Scottish Certificate of Education, 1963
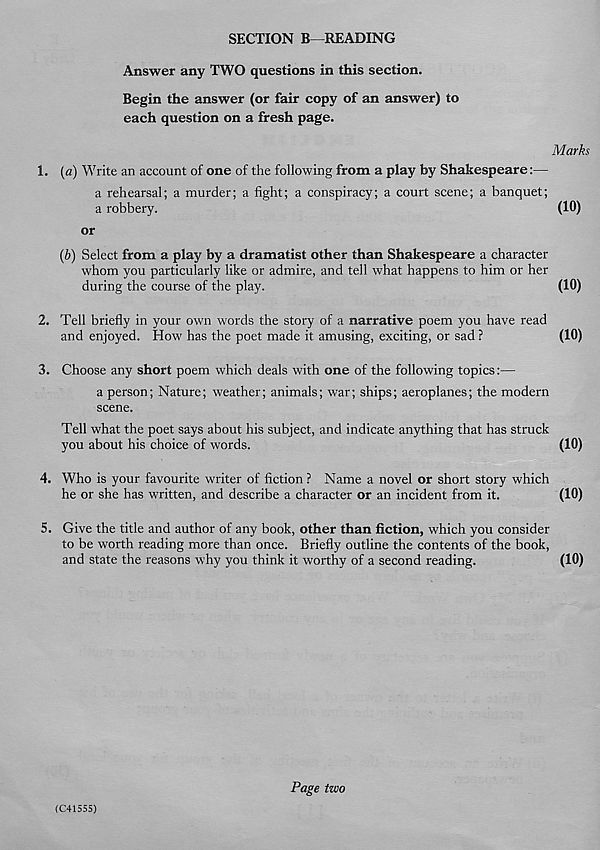
SECTION B—READING
Answer any TWO questions in this section.
Begin the answer (or fair copy of an answer) to
each question on a fresh page.
Marks
1. (a) Write an account of one of the following from a play by Shakespeare:—
a rehearsal; a murder; a fight; a conspiracy; a court scene; a banquet;
a robbery.
(10)
or
(b) Select from a play by a dramatist other than Shakespeare a character
whom you particularly like or admire, and tell what happens to him or her
during the course of the play.
(10)
2. Tell briefly in your own words the story of a narrative poem you have read
and enjoyed. How has the poet made it amusing, exciting, or sad ?
(10)
3. Choose any short poem which deals with one of the following topics:—
a person; Nature; weather; animals; war; ships; aeroplanes; the modern
scene.
Tell what the poet says about his subject, and indicate anything that has struck
you about his choice of words.
(10)
4. Who is your favourite writer of fiction ? Name a novel or short story which
he or she has written, and describe a character or an incident from it.
(10)
5. Give the title and author of any book, other than fiction, which you consider
to be worth reading more than once. Briefly outline the contents of the book,
and state the reasons why you think it worthy of a second reading.
(10)
(C+1555)
Page two